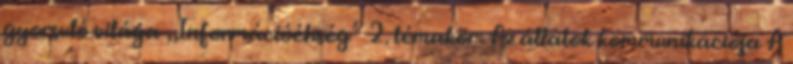
gyorsuló világa „Információéhség” 2. témakör: Az állatok kommunikációja A